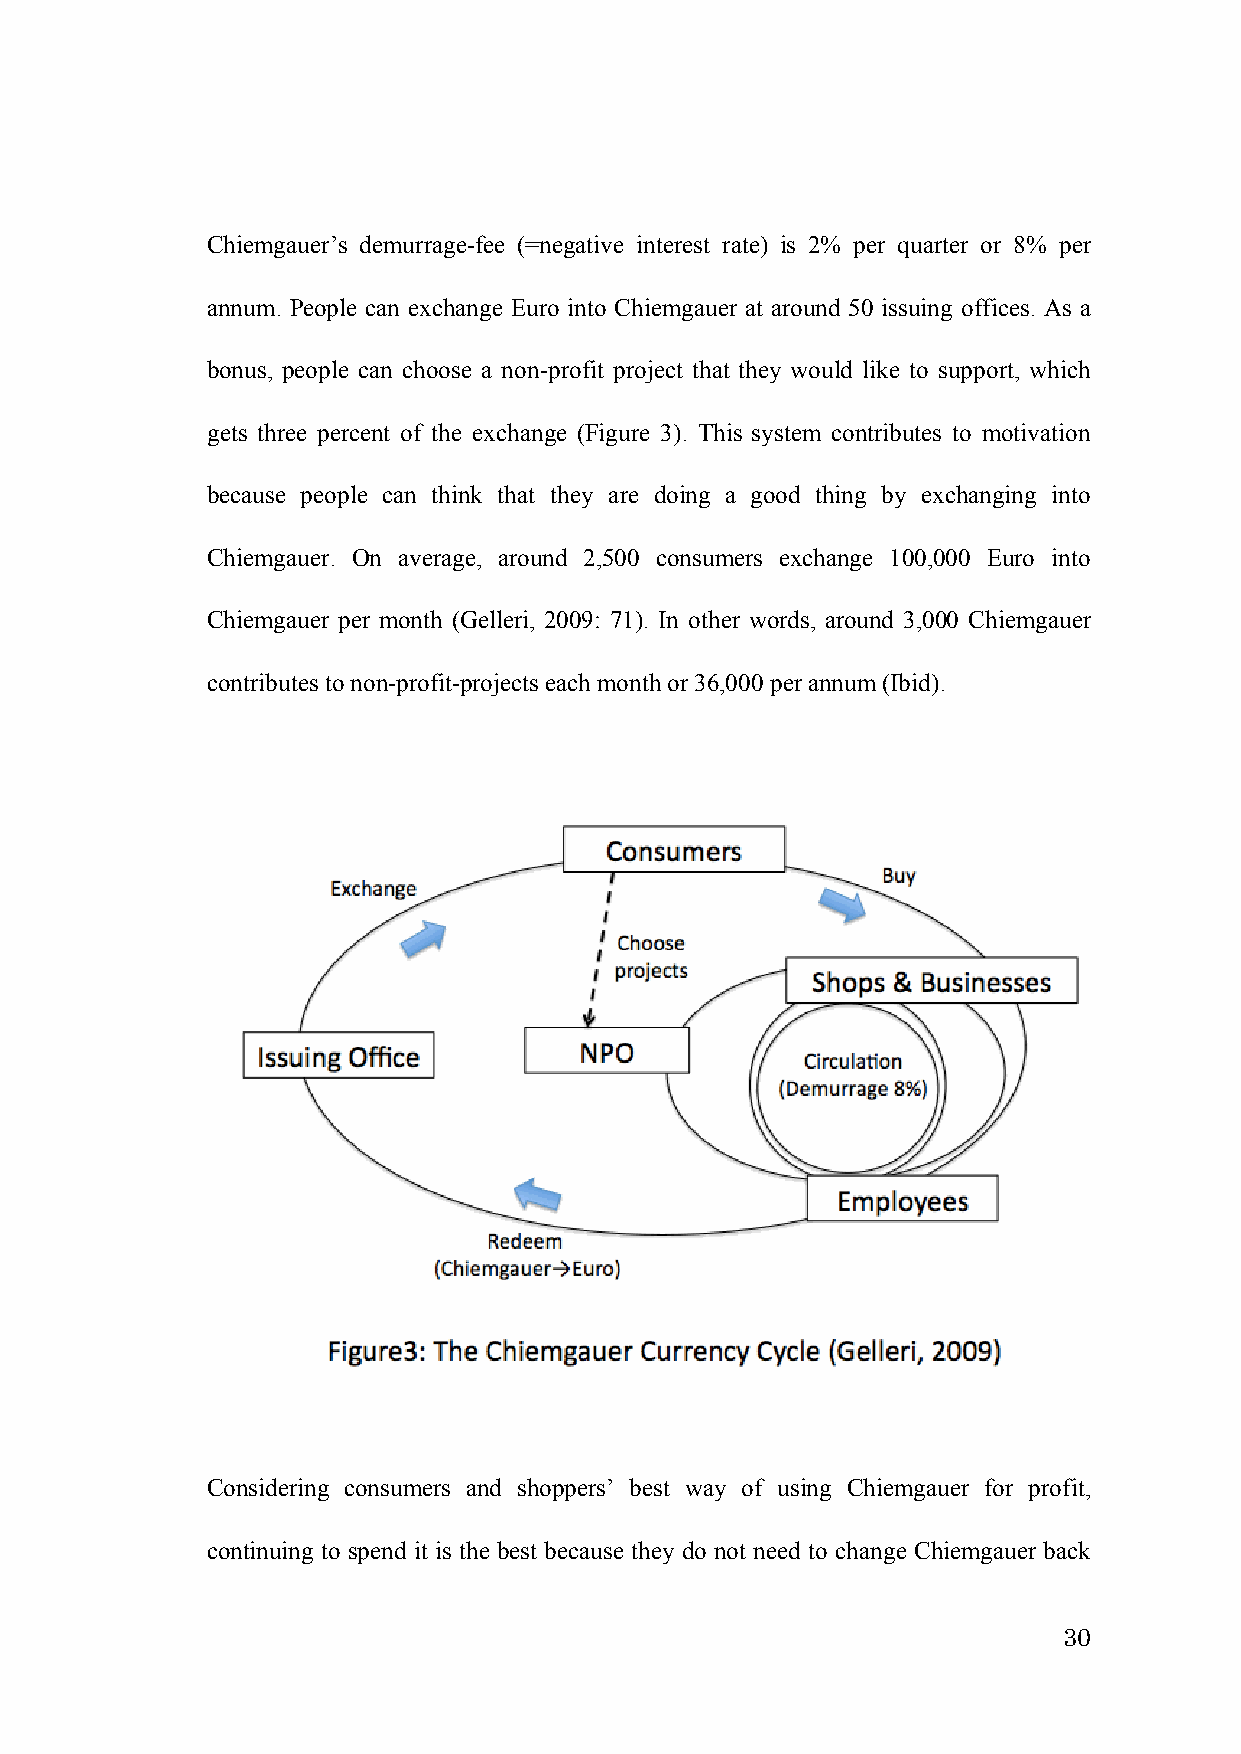
Chiemgauer’s demurrage-fee (=negative interest rate) is 2% per quarter or 8% per
 annum. People can exchange Euro into Chiemgauer at around 50 issuing offices. As a
 bonus, people can choose a non-profit project that they would like to support, which
 gets three percent of the exchange (Figure 3). This system contributes to motivation
 because people can think that they are doing a good thing by exchanging into
 Chiemgauer. On average, around 2,500 consumers exchange 100,000 Euro into
 Chiemgauer per month (Gelleri, 2009: 71). In other words, around 3,000 Chiemgauer
 contributes to non-profit-projects each month or 36,000 per annum (Ibid).
 Considering consumers and shoppers’ best way of using Chiemgauer for profit,
 continuing to spend it is the best because they do not need to change Chiemgauer back
 30